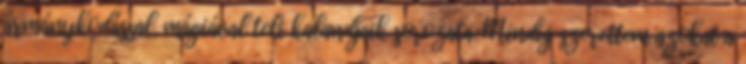
ármánykodással, mágiával teli kalandjaik sorozata. Mindig szerettem azokat a